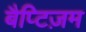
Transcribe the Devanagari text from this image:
बैप्टिज़म